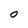
Character: 0